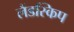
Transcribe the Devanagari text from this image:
लैंडस्किप